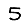
Digit: 5